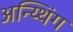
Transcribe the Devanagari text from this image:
अन्य्थिंग